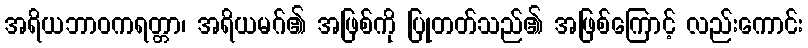
အရိယဘာဝကရတ္တာ၊ အရိယမဂ်၏ အဖြစ်ကို ပြုတတ်သည်၏ အဖြစ်ကြောင့် လည်းကောင်း